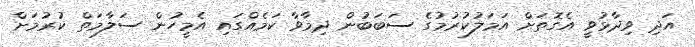
އަދި ވިދާޅުވީ އެގޮތަށް އަމަލުކުރުމުގެ ސަބަބުން ދިމާވާ ކަމެއްގައި އެމީހުން ސަލާމަތް ކުރުމަށް